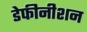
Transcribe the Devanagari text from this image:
डेफीनीशन